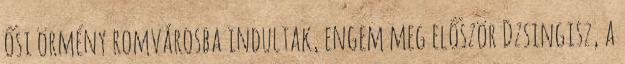
ősi örmény romvárosba indultak, engem meg először Dzsingisz, a